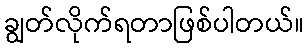
ချွတ်လိုက်ရတာဖြစ်ပါတယ်။